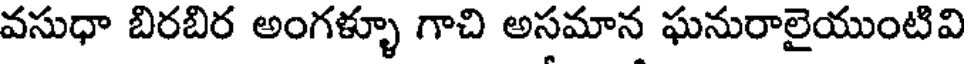
వసుధా బిరబిర అంగళ్ళూ గాచి అసమాన ఘనురాలైయుంటివి